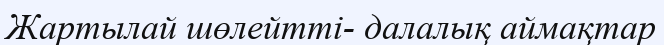
Жартылай шөлейтті- далалық аймақтар